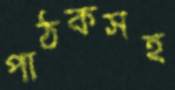
পাঠকসহ